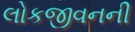
લોકજીવનની